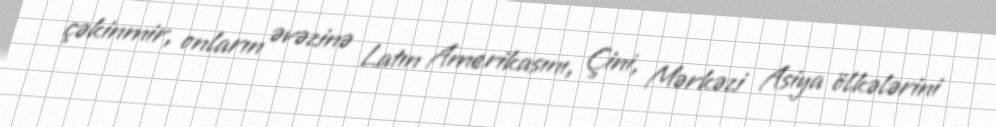
çəkinmir, onların əvəzinə Latın Amerikasını, Çini, Mərkəzi Asiya ölkələrini